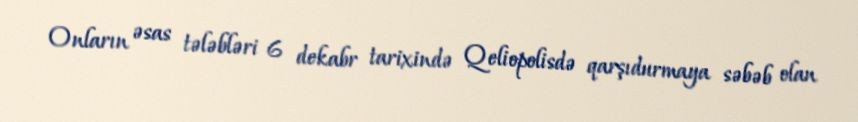
Onların əsas tələbləri 6 dekabr tarixində Qeliopolisdə qarşıdurmaya səbəb olan